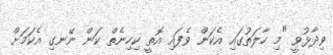
ވިދާޅުވީ "މި ހާލަތުގައި އެކަން ވެފައި އޮތީ ކިހިނެތް ކަން ނޭނގި އެކަމަށް